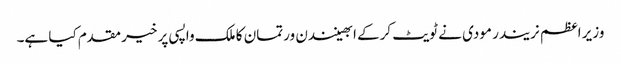
وزیر اعظم نریندر مودی نے ٹویٹ کرکے ابھینندن ورتمان کا ملک واپسی پر خیر مقدم کیا ہے۔